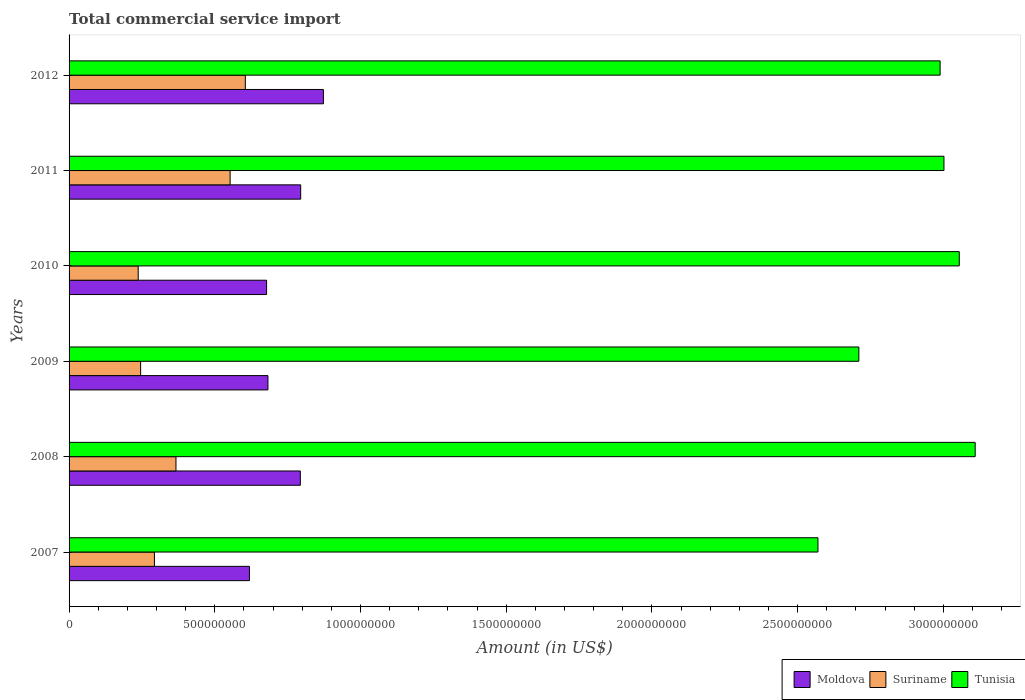
| Years | Moldova | Suriname | Tunisia |
 | --- | --- | --- | --- |
 | 2007 | 6.19e+08 | 2.93e+08 | 2.57e+09 |
 | 2008 | 7.94e+08 | 3.67e+08 | 3.11e+09 |
 | 2009 | 6.82e+08 | 2.46e+08 | 2.71e+09 |
 | 2010 | 6.78e+08 | 2.37e+08 | 3.05e+09 |
 | 2011 | 7.95e+08 | 5.53e+08 | 3e+09 |
 | 2012 | 8.73e+08 | 6.05e+08 | 2.99e+09 |